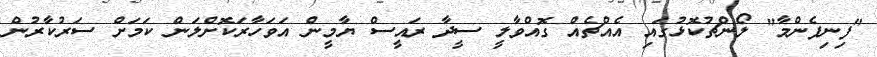
"ފިނިފެންމާ" ލޯންޗުކޮޅުގައި އެއްޗެއް ގޮއްވާލީ ސީދާ ރައީސް ޔާމީން އަވަހާރަކޮށްލަން ކަމަށް ސަރުކާރުން